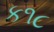
ક૧૮